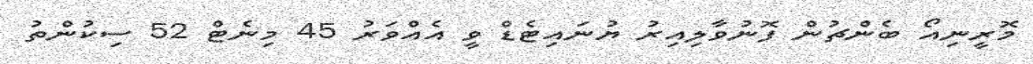
މޮރީނިއޯ ބެންޗުން ފޮނުވާލިއިރު ޔުނައިޓެޑް ވީ އެއްވަރު 45 މިނެޓް 52 ސިކުންތު